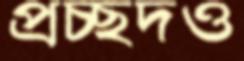
প্রচ্ছদও